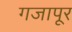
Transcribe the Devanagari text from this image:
गजापूर